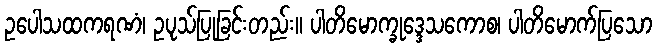
ဥပေါသထကရဏံ၊ ဥပုသ်ပြုခြင်းတည်း။ ပါတိမောက္ခုဒ္ဒေသကောစ၊ ပါတိမောက်ပြသော